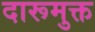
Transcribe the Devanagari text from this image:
दारूमुक्त